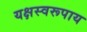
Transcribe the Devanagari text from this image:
यक्षस्वरूपाय